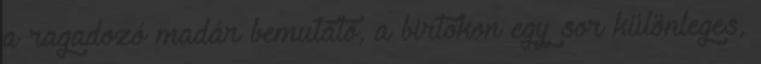
a ragadozó madár bemutató, a birtokon egy sor különleges,